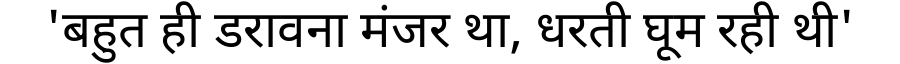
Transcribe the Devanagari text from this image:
'बहुत ही डरावना मंजर था, धरती घूम रही थी'